Medical and sanitary report of the native army of Bengal for the year
Year: 1876
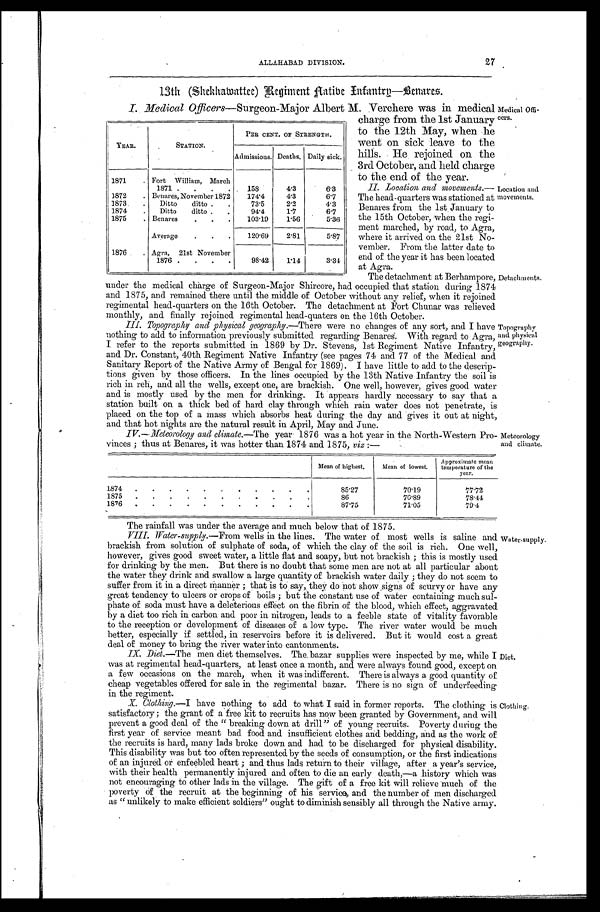
ALLAHABAD DIVISION.
27
13th (Shekhawattee) Regiment Native Infantry—Benares.
I. Medical Officers—Surgeon-Major Albert M. Verchere was in medical
The detachment at Berhampore,
under the medical charge of Surgeon-Major Shircore, had occupied that station during 1874
and 1875, and remained there until the middle of October without any relief, when it rejoined
regimental head-quarters on the 16th October. The detachment at Fort Chunar was relieved
monthly, and finally rejoined regimental head-quaters on the 16th October.
111. Topography and physical geography.-There were no changes of any sort, and I have
nothing to add to information previously submitted regarding Benares. With regard to Agra,
I refer to the reports submitted in 1869 by Dr. Stevens, 1st Regiment Native Infantry,
and Dr. Constant, 40th Regiment Native Infantry (see pages 74 and 77 of the Medical and
Sanitary Report of the Native Army of Bengal for 1869). I have little to add to the descrip-
tions given by those officers. In the lines occupied by the 13th Native Infantry the soil is
rich in reh, and all the wells, except one, are brackish. One well, however, gives good water
and is mostly used by the men for drinking. It appears hardly necessary to say that a
station built on a thick bed of hard clay through which rain water does not penetrate, is
placed on the top of a mass which absorbs heat during the day and gives it out at night,
and that hot nights are the natural result in April, May and June.
IV.-Meleorology and climate.— The year 1876 was a hot year in the North-Western Pr
o-vinces ; thus at Benares, it was hotter than 1874 and 1875, viz :—
YEAR.
STATION.
PER CENT. OF STRENGTH.
Admissions. Deaths, Daily sick.
1871
. Fort William, March
1871
158
4 . 3
6.3
1872
. Benares, November 1872
1 7 4 . 4
4.3
6.7
1873
.
Ditto
ditto
.
73.5
2.2
4.3
1874
.
Ditto
ditto
94.4
1 . 7
6.7
1875
. Benares
103.19
1 . 5 6
5.36
Average
120.69
2.81
5.87
1876
Agra, 21st November
1876
.
.
.
98.42
1 . 1 4
3 . 3 4
Detachments.
T o p o g r a p h y
and physical
geography.
Meteorology
and climate.
Medical Offi-
charge from the 1st January cers
to the 12th May, when he
went on sick leave to the
hills. He rejoined on the
3rd October, and held charge
to the end of the year.
II. Location and movements.— Location and
The head-quarters was stationed at
Benares from the 1st January to
the 15th October, when the regi-
ment marched, by road, to Agra,
where it arrived on the 21st No-
vember. From the latter date to
end of the year it has been located
at Agra.
Mean of highest,
Mean of lowest.
Appro x imate mean
temperature of the
year.
1874
85.27
70.19
77.72
1875
.
.
.
.
.
.
.
.
.
.
.
86
70.89
78.44
1876
87.75
71.05
7 9 . 4
The rainfall was under the average and much below that of 1875.
VIII.
Water-supply.—From
wells in the lines. The water of most wells is saline and
brackish from solution of sulphate of soda, of which the clay of the soil is rich. One well,
however, gives good sweet water, a little flat and soapy, but not brackish ; this is mostly used
for drinking by the men. But there is no doubt that some men are not at all particular about
the water they drink and swallow a large quantity of brackish water daily ; they do not seem to
suffer from it in a direct manner ; that is to say, they do not show signs of scurvy or have any
great tendency to ulcers or crops of boils ; but the constant use of water containing much sul-
phate of soda must have a deleterious effect on the fibrin of the blood, which effect, aggravated
by a diet too rich in carbon and poor in nitrogen, leads to a feeble state of vitality favorable
to the reception or development of diseases of a low type. The river water would be much
better, especially if settled, in reservoirs before it is delivered. But it would cost a great
deal of money to bring the river water into cantonments.
IX.
Diet.—The men diet themselves. The bazar supplies were inspected by me, while I
was at regimental head-quarters, at least once a month, and were always found good, except on
a few occasions on the march, when it was indifferent. There is always a good quantity of
cheap vegetables offered for sale in the regimental bazar. There is no sign of underfeeding
in the regiment.
X. Clothing.—I have nothing to add to what I said in former reports. The clothing is
satisfactory ; the grant of a free kit to recruits has now been granted by Government, and will
prevent a good deal of the " breaking down at drill" of young recruits. Poverty during the
first year of service meant bad food and insufficient clothes and bedding, and as the work of
the recruits is hard, many lads broke down and had to be discharged for physical disability.
This disability was but too often represented by the seeds of consumption, or the first indications
of an injured or enfeebled heart ; and thus lads return to their village, after a year's service,
with their health permanently injured and often to die an early death,—a history which was
not encouraging to other lads in the village. The gift of a free kit will relieve much of the
poverty of the recruit at the beginning of his service, and the number of men discharged
as " unlikely to make efficient soldiers" ought to diminish sensibly all through the Native army.
Water-supply.
Diet.